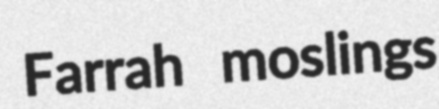
Farrah moslings